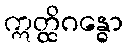
ဣတ္ထိဂန္ဓော